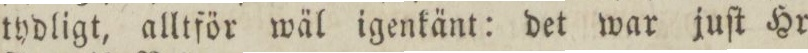
tydligt, alltför wäl igenkänt: det war juſt Hr